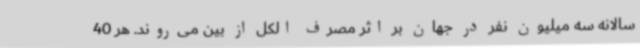
سالانه سه میلیون نفر در جهان بر اثر مصرف الکل از بین می‌روند. هر 40